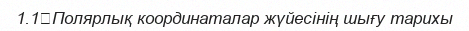
1.1	Полярлық координаталар жүйесінің шығу тарихы